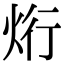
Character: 烆